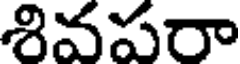
శివపరా